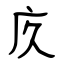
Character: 㡱